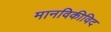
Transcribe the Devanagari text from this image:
मानविकीविद